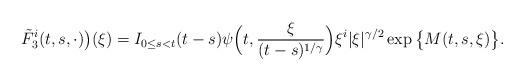
LaTeX: \begin{align*}\tilde{F}^i_3(t,s,\cdot)\big)(\xi)= I_{0 \leq s<t}(t-s)\psi\Big(t,\frac{\xi}{(t-s)^{1/\gamma}}\Big) \xi^i |\xi|^{\gamma/2} \exp\big\{M(t,s,\xi)\big\} .\end{align*}